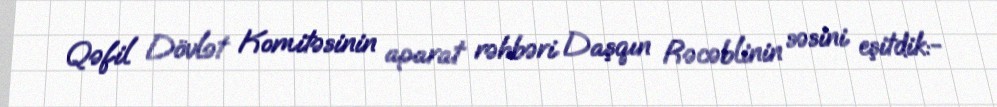
Qəfil Dövlət Komitəsinin aparat rəhbəri Daşqın Rəcəblinin səsini eşitdik:-